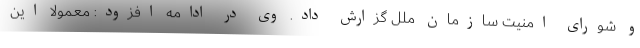
و شورای امنیت سازمان ملل گزارش داد. وی در ادامه افزود: معمولاً این